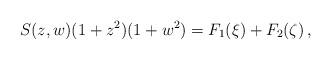
LaTeX: \begin{align*}S(z,w)(1+z^2)(1+w^2)=F_1(\xi)+F_2(\zeta)\,,\end{align*}